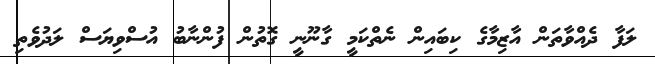
ލަފާ ދެއްވާތަން އާޒިމާގެ ކިބައިން ނެތްކަމީ ގާނޫނީ ގޮތުން ފުންނާބު އުސްވިޔަސް ލަދުވެތި